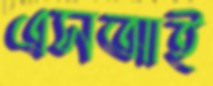
এসআই